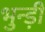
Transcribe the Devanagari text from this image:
भुन्ड़ी